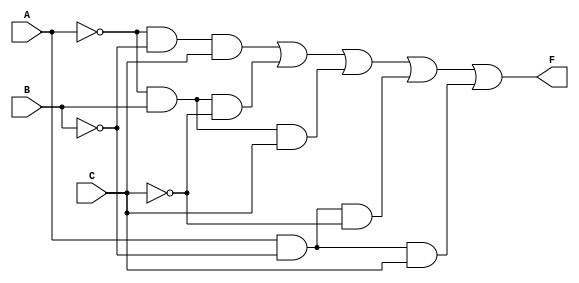
module combinational_logic (
    input wire A,  // Input A
    input wire B,  // Input B
    input wire C,  // Input C
    output wire F  // Output F
);

// Implementing the minimized SOP expression
assign F = (~A & ~B & C) | (~A & B & ~C) | (~A & B & C) | (A & ~B & ~C) | (A & ~B & C);

endmodule